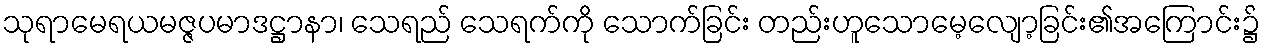
သုရာမေရယမဇ္ဇပမာဒဋ္ဌာနာ၊ သေရည် သေရက်ကို သောက်ခြင်း တည်းဟူသောမေ့လျော့ခြင်း၏အကြောင်း၌